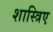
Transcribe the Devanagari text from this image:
शास्त्रिए